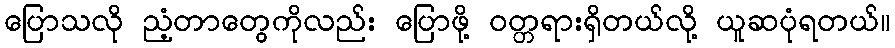
ပြောသလို ညံ့တာတွေကိုလည်း ပြောဖို့ ဝတ္တရားရှိတယ်လို့ ယူဆပုံရတယ်။